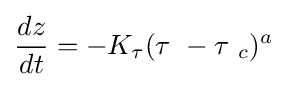
{dz \over dt}=-K_{\tau }(\tau \ -\tau \ _{c})^{a}